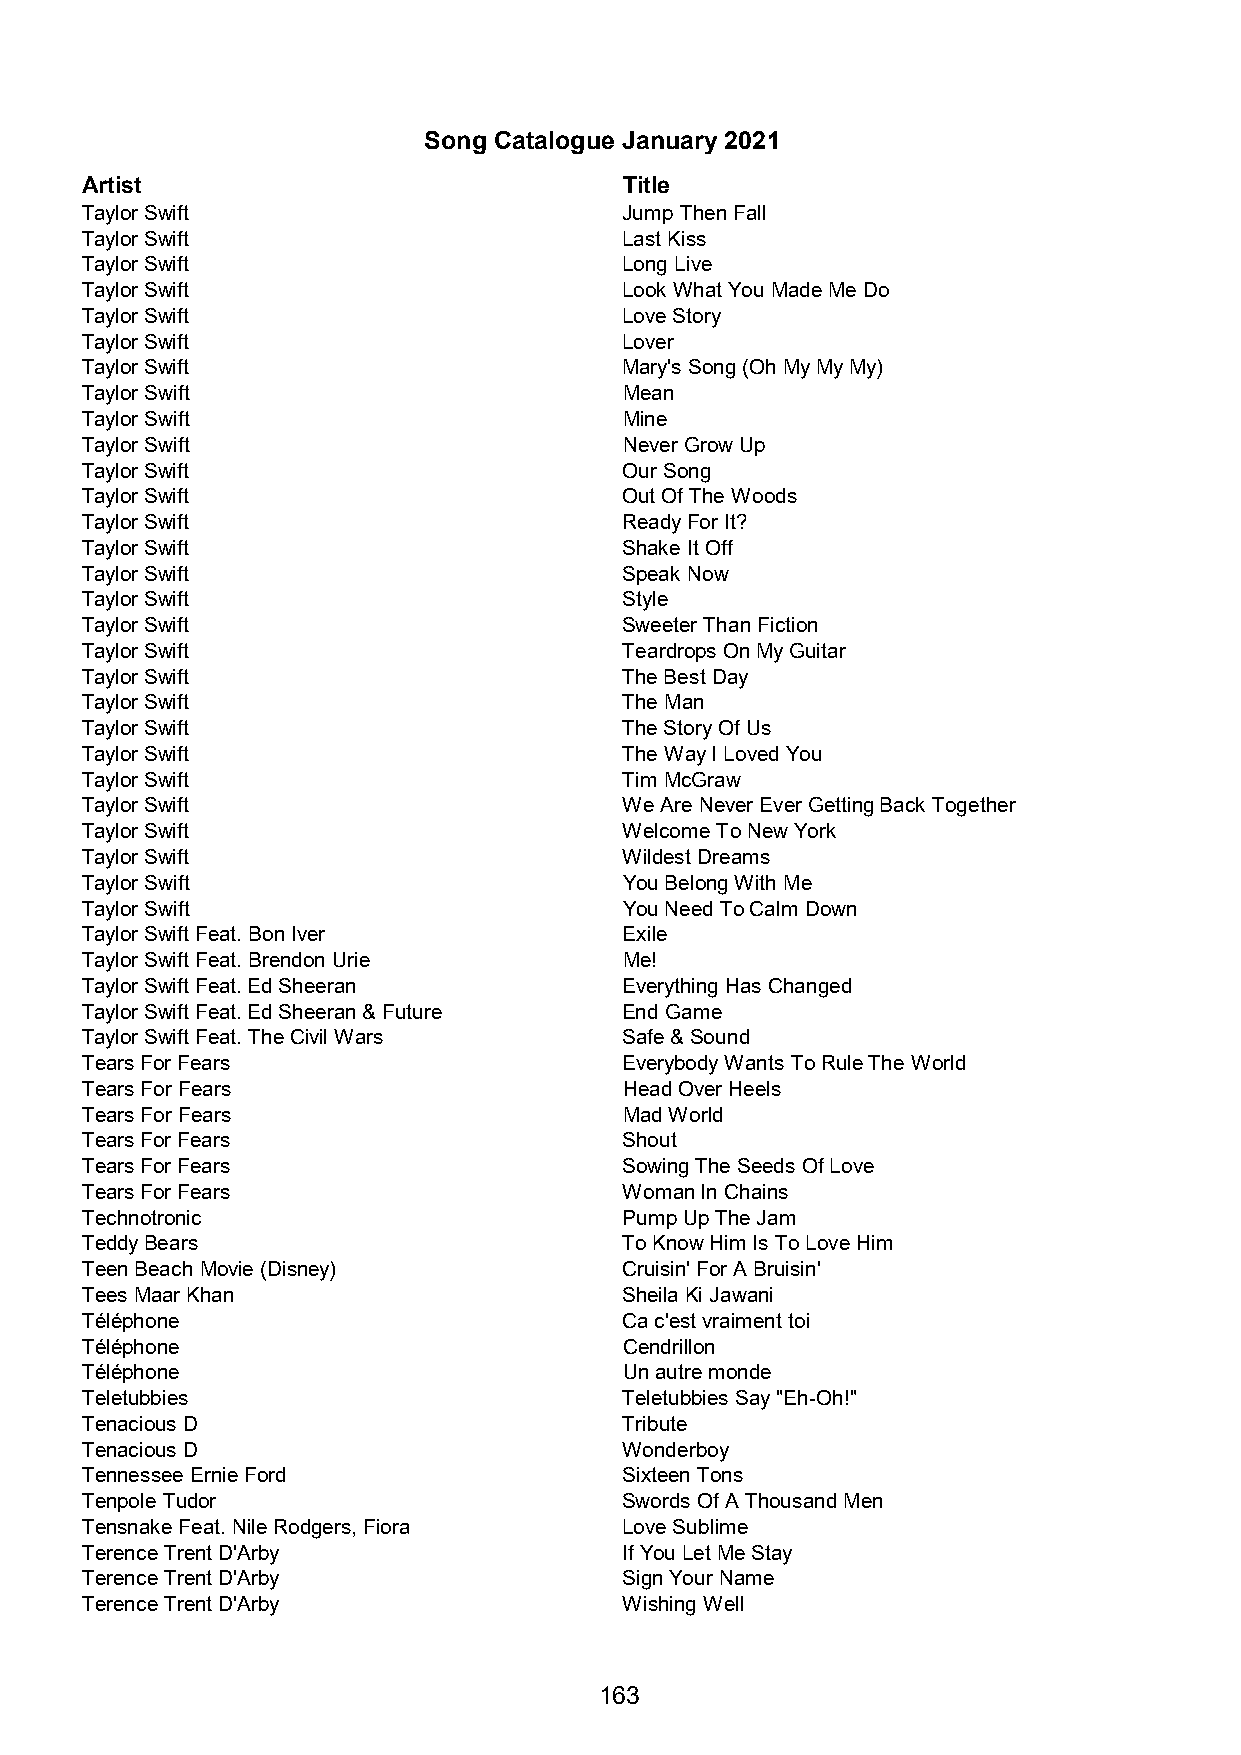
Song Catalogue January 2021
 Artist                              Title
 Taylor Swift                        Jump Then Fall
 Taylor Swift                        Last Kiss
 Taylor Swift                        Long Live
 Taylor Swift                        Look What You Made Me Do
 Taylor Swift                        Love Story
 Taylor Swift                        Lover
 Taylor Swift                        Mary's Song (Oh My My My)
 Taylor Swift                        Mean
 Taylor Swift                        Mine
 Taylor Swift                        Never Grow Up
 Taylor Swift                        Our Song
 Taylor Swift                        Out Of The Woods
 Taylor Swift                        Ready For It?
 Taylor Swift                        Shake It Off
 Taylor Swift                        Speak Now
 Taylor Swift                        Style
 Taylor Swift                        Sweeter Than Fiction
 Taylor Swift                        Teardrops On My Guitar
 Taylor Swift                        The Best Day
 Taylor Swift                        The Man
 Taylor Swift                        The Story Of Us
 Taylor Swift                        The Way I Loved You
 Taylor Swift                        Tim McGraw
 Taylor Swift                        We Are Never Ever Getting Back Together
 Taylor Swift                        Welcome To New York
 Taylor Swift                        Wildest Dreams
 Taylor Swift                        You Belong With Me
 Taylor Swift                        You Need To Calm Down
 Taylor Swift Feat. Bon Iver         Exile
 Taylor Swift Feat. Brendon Urie     Me!
 Taylor Swift Feat. Ed Sheeran       Everything Has Changed
 Taylor Swift Feat. Ed Sheeran & Future End Game
 Taylor Swift Feat. The Civil Wars   Safe & Sound
 Tears For Fears                     Everybody Wants To Rule The World
 Tears For Fears                     Head Over Heels
 Tears For Fears                     Mad World
 Tears For Fears                     Shout
 Tears For Fears                     Sowing The Seeds Of Love
 Tears For Fears                     Woman In Chains
 Technotronic                        Pump Up The Jam
 Teddy Bears                         To Know Him Is To Love Him
 Teen Beach Movie (Disney)           Cruisin' For A Bruisin'
 Tees Maar Khan                      Sheila Ki Jawani
 Téléphone                           Ca c'est vraiment toi
 Téléphone                           Cendrillon
 Téléphone                           Un autre monde
 Teletubbies                         Teletubbies Say "Eh-Oh!"
 Tenacious D                         Tribute
 Tenacious D                         Wonderboy
 Tennessee Ernie Ford                Sixteen Tons
 Tenpole Tudor                       Swords Of A Thousand Men
 Tensnake Feat. Nile Rodgers, Fiora  Love Sublime
 Terence Trent D'Arby                If You Let Me Stay
 Terence Trent D'Arby                Sign Your Name
 Terence Trent D'Arby                Wishing Well
 163